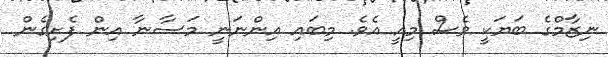
ނިޒާމްގެ ބަޔަކީ ވެސް މިއީ އެވެ. މިބައި އިންނަނީ މަސާނާ އިން ފެށިގެން